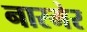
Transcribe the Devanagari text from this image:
नारमेर